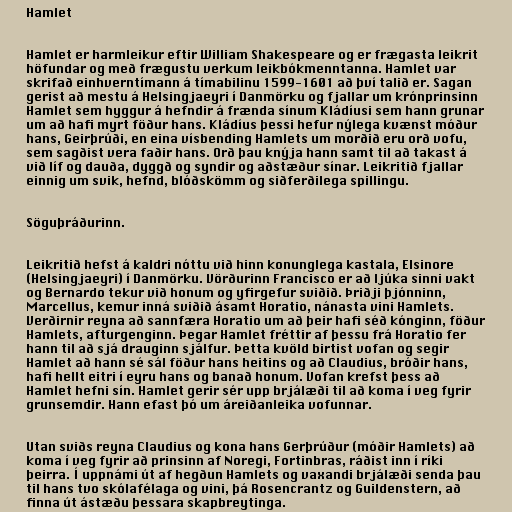
Hamlet

Hamlet er harmleikur eftir William Shakespeare og er frægasta leikrit
höfundar og með frægustu verkum leikbókmenntanna. Hamlet var
skrifað einhverntímann á tímabilinu 1599-1601 að því talið er. Sagan
gerist að mestu á Helsingjaeyri í Danmörku og fjallar um krónprinsinn
Hamlet sem hyggur á hefndir á frænda sínum Kládíusi sem hann grunar
um að hafi myrt föður hans. Kládíus þessi hefur nýlega kvænst móður
hans, Geirþrúði, en eina vísbending Hamlets um morðið eru orð vofu,
sem sagðist vera faðir hans. Orð þau knýja hann samt til að takast á
við líf og dauða, dyggð og syndir og aðstæður sínar. Leikritið fjallar
einnig um svik, hefnd, blóðskömm og siðferðilega spillingu.

Söguþráðurinn.

Leikritið hefst á kaldri nóttu við hinn konunglega kastala, Elsinore
(Helsingjaeyri) í Danmörku. Vörðurinn Francisco er að ljúka sinni vakt
og Bernardo tekur við honum og yfirgefur sviðið. Þriðji þjónninn,
Marcellus, kemur inná sviðið ásamt Horatio, nánasta vini Hamlets.
Verðirnir reyna að sannfæra Horatio um að þeir hafi séð kónginn, föður
Hamlets, afturgenginn. Þegar Hamlet fréttir af þessu frá Horatio fer
hann til að sjá drauginn sjálfur. Þetta kvöld birtist vofan og segir
Hamlet að hann sé sál föður hans heitins og að Claudius, bróðir hans,
hafi hellt eitri í eyru hans og banað honum. Vofan krefst þess að
Hamlet hefni sín. Hamlet gerir sér upp brjálæði til að koma í veg fyrir
grunsemdir. Hann efast þó um áreiðanleika vofunnar.

Utan sviðs reyna Claudius og kona hans Gerþrúður (móðir Hamlets) að
koma í veg fyrir að prinsinn af Noregi, Fortinbras, ráðist inn í ríki
þeirra. Í uppnámi út af hegðun Hamlets og vaxandi brjálæði senda þau
til hans tvo skólafélaga og vini, þá Rosencrantz og Guildenstern, að
finna út ástæðu þessara skapbreytinga.